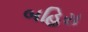
બહિરા